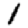
Digit: 1